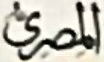
المصرى